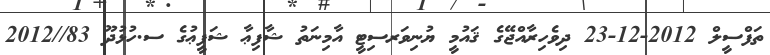
ތަފްސީލް 2012-12-23 ދިވެހިރާއްޖޭގެ ޤައުމީ ޔުނިވަރސިޓީ އާމިނަތު ޝާފިޢާ ޝަފީޢުގެ ސ.ހުޅުދޫ 83//2012